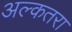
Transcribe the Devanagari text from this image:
अल्कतरा